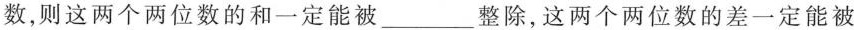
数，则这两个两位数的和一定能被 ___ 整除，这两个两位数的差一定能被